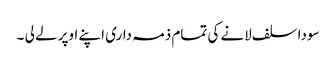
سودا سلف لانے کی تمام ذمہ داری اپنے اوپر لے لی ۔